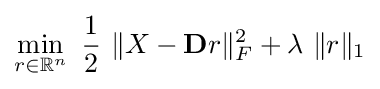
\min _{r\in \mathbb {R} ^{n}}\,\,{\dfrac {1}{2}}\,\,\|X-\mathbf {D} r\|_{F}^{2}+\lambda \,\,\|r\|_{1}